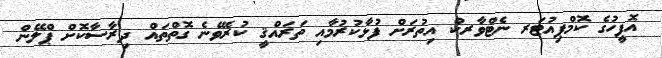
އޮފީހުގެ ކޮމްޕިއުޓަރ ނެޓްވާރކް އިތުރަށް ފުޅާކުރުމާއި ތަރައްޤީ ކުރެވޭނެ ގޮތްތައް ދިރާސާކޮށް ޕްލޭން